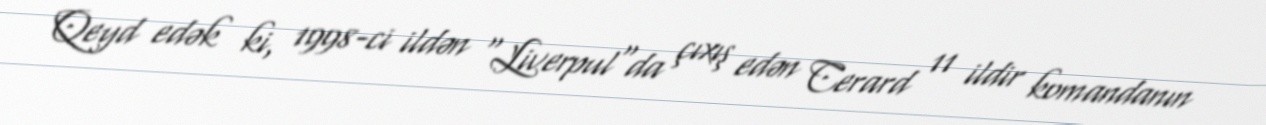
Qeyd edək ki, 1998-ci ildən "Liverpul"da çıxış edən Cerard 11 ildir komandanın